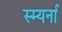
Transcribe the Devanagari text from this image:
स्म्यर्ना